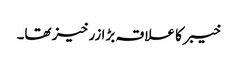
خیبر کا علاقہ بڑا زرخیز تھا۔